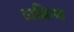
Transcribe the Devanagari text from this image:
प्राविन्स